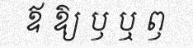
ឪ ឱ្យ ឫ ឬ ឭ